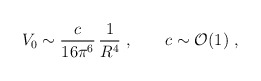
\begin{align*}V_0 \sim \frac{c}{16\pi^6}\, \frac{1}{R^4}\;, \qquad c \sim {\cal O}(1) \;,\end{align*}